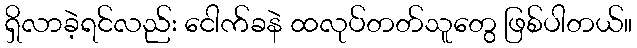
ရှိလာခဲ့ရင်လည်း ငေါက်ခနဲ ထလုပ်တတ်သူတွေ ဖြစ်ပါတယ်။